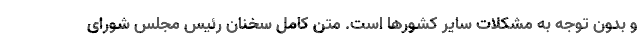
و بدون توجه به مشکلات سایر کشورها است. متن کامل سخنان رئیس مجلس شورای